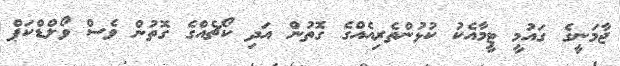
ޖާމަނީގެ ގައުމީ ޓީމާއެކު ކުޅުންތެރިއެއްގެ ގޮތުން އަދި ކޯޗެއްގެ ގޮތުން ވެސް ވޯލްޑްކަޕް